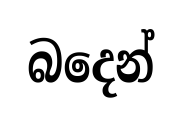
බදෙන්